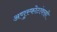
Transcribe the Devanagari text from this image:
अणुस्फोटांवरही